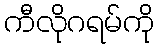
ကီလိုဂရမ်ကို